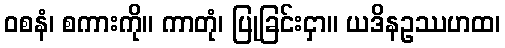
ဝစနံ၊ စကားကို။ ကာတုံ၊ ပြုခြင်းငှာ။ ယဒိနဥဿဟထ၊